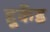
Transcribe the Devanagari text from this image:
हूकेंड